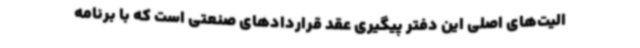
الیت‌های اصلی این دفتر پیگیری عقد قراردادهای صنعتی است که با برنامه